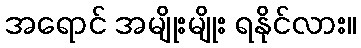
အရောင် အမျိုးမျိုး ရနိုင်လား။